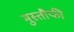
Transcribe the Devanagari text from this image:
मुस्तौफी